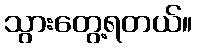
သွားတွေ့ရတယ်။